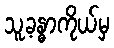
သူ့ခန္ဓာကိုယ်မှ